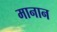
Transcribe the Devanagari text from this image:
मानान